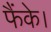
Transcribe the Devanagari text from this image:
फैंके।